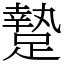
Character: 䠟